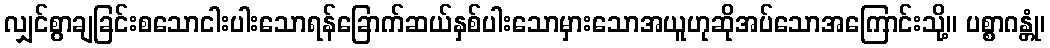
လျှင်စွာချခြင်းစသောငါးပါးသောရန်ခြောက်ဆယ်နှစ်ပါးသောမှားသောအယူဟုဆိုအပ်သောအကြောင်းသို့။ ပစ္စာဂန္တုံ၊